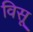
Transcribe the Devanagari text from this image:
विसू